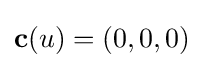
\mathbf {c} (u)=(0,0,0)